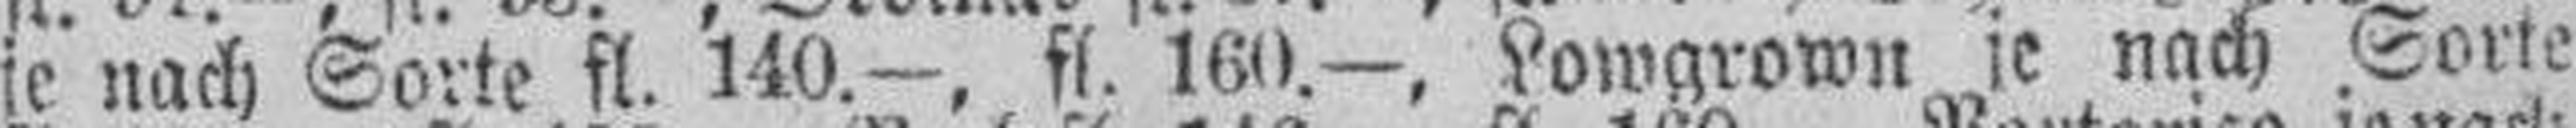
je nach Sorte fl. 140.—, fl. 160.—, Lowgrown je nach Sorte